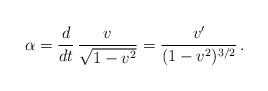
LaTeX: \begin{align*}\alpha = \frac{d}{dt}\,\frac{v}{\sqrt{1-v^{2}}} = \frac{v'}{(1-v^{2})^{3/2}} \,. \end{align*}